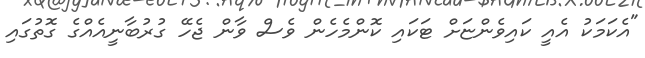
"އެކަމަކު އެއީ ކައިވެންޏަށް ޓަކައި ކޮންމެހެން ވެސް ވާން ޖެހޭ ގުރުބާނީއެއްގެ ގޮތުގައި